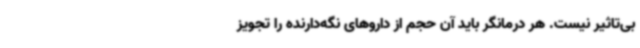
بی‌تاثیر نیست. هر درمانگر باید آن حجم از داروهای نگه‌دارنده را تجویز